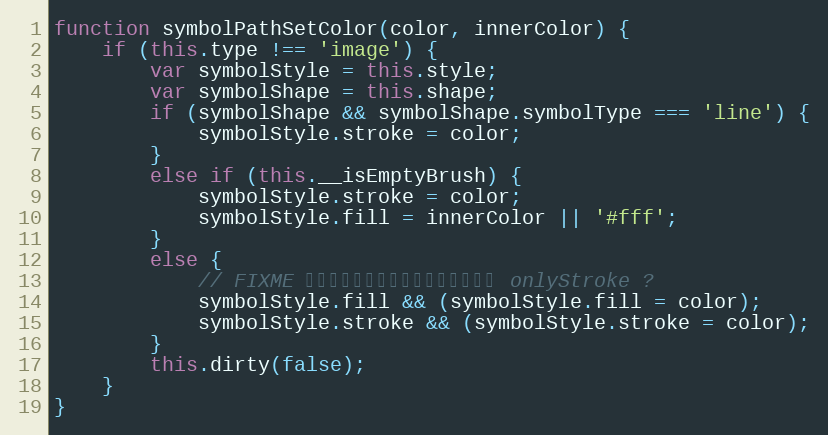
Language: JavaScript
function symbolPathSetColor(color, innerColor) {
    if (this.type !== 'image') {
        var symbolStyle = this.style;
        var symbolShape = this.shape;
        if (symbolShape && symbolShape.symbolType === 'line') {
            symbolStyle.stroke = color;
        }
        else if (this.__isEmptyBrush) {
            symbolStyle.stroke = color;
            symbolStyle.fill = innerColor || '#fff';
        }
        else {
            // FIXME 判断图形默认是填充还是描边，使用 onlyStroke ?
            symbolStyle.fill && (symbolStyle.fill = color);
            symbolStyle.stroke && (symbolStyle.stroke = color);
        }
        this.dirty(false);
    }
}